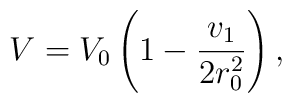
V = V_0 \left( 1- {v_1 \over 2r_0^2} \right),